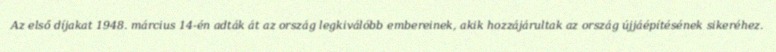
Az első díjakat 1948. március 14-én adták át az ország legkiválóbb embereinek, akik hozzájárultak az ország újjáépítésének sikeréhez.